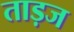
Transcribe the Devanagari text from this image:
ताड़ज